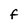
Character: F